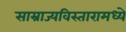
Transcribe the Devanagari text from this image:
साम्राज्यविस्तारामध्ये